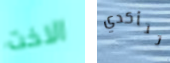
الاخت تتأكدي